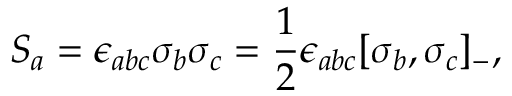
S _ { a } = \epsilon _ { a b c } \sigma _ { b } \sigma _ { c } = \frac { 1 } { 2 } \epsilon _ { a b c } [ \sigma _ { b } , \sigma _ { c } ] _ { - } ,